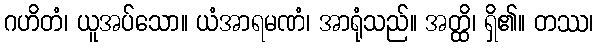
ဂဟိတံ၊ ယူအပ်သော။ ယံအာရမဏံ၊ အာရုံသည်။ အတ္ထိ၊ ရှိ၏။ တဿ၊